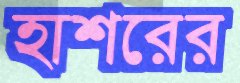
হাশরের